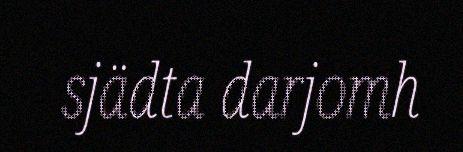
sjädta darjomh